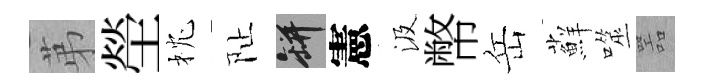
苐塋枕阯瓶憲汲幣岳蘚噬噐